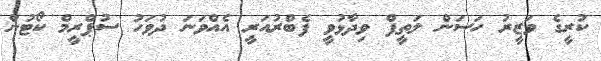
ކުރީގެ ވަޒީރު ހަސަން ލަތީފް ވިދާޅުވީ ފެބްރުއަރީ އެއްވަނަ ދުވަހު ސުޕްރީމް ކޯޓުން